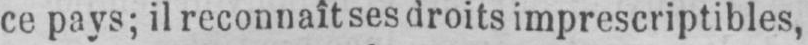
ce pays; il reconnaît ses droits imprescriptibles,